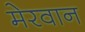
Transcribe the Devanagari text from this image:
मेरवान